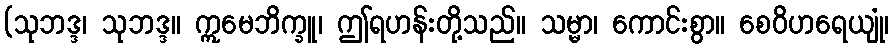
(သုဘဒ္ဒ၊ သုဘဒ္ဒ။ ဣမေဘိက္ခူ၊ ဤရဟန်းတို့သည်။ သမ္မာ၊ ကောင်းစွာ။ စေဝိဟရေယျုံ၊